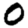
Digit: 0